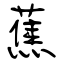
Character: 蕉